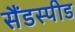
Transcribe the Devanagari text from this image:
सैंडस्‍पीड